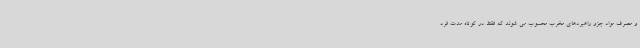
و مصرف مواد جزو راهبردهای مخرب محسوب می شوند که فقط در کوتاه مدت فرد